Juuru_vallavalitsus, lk 22
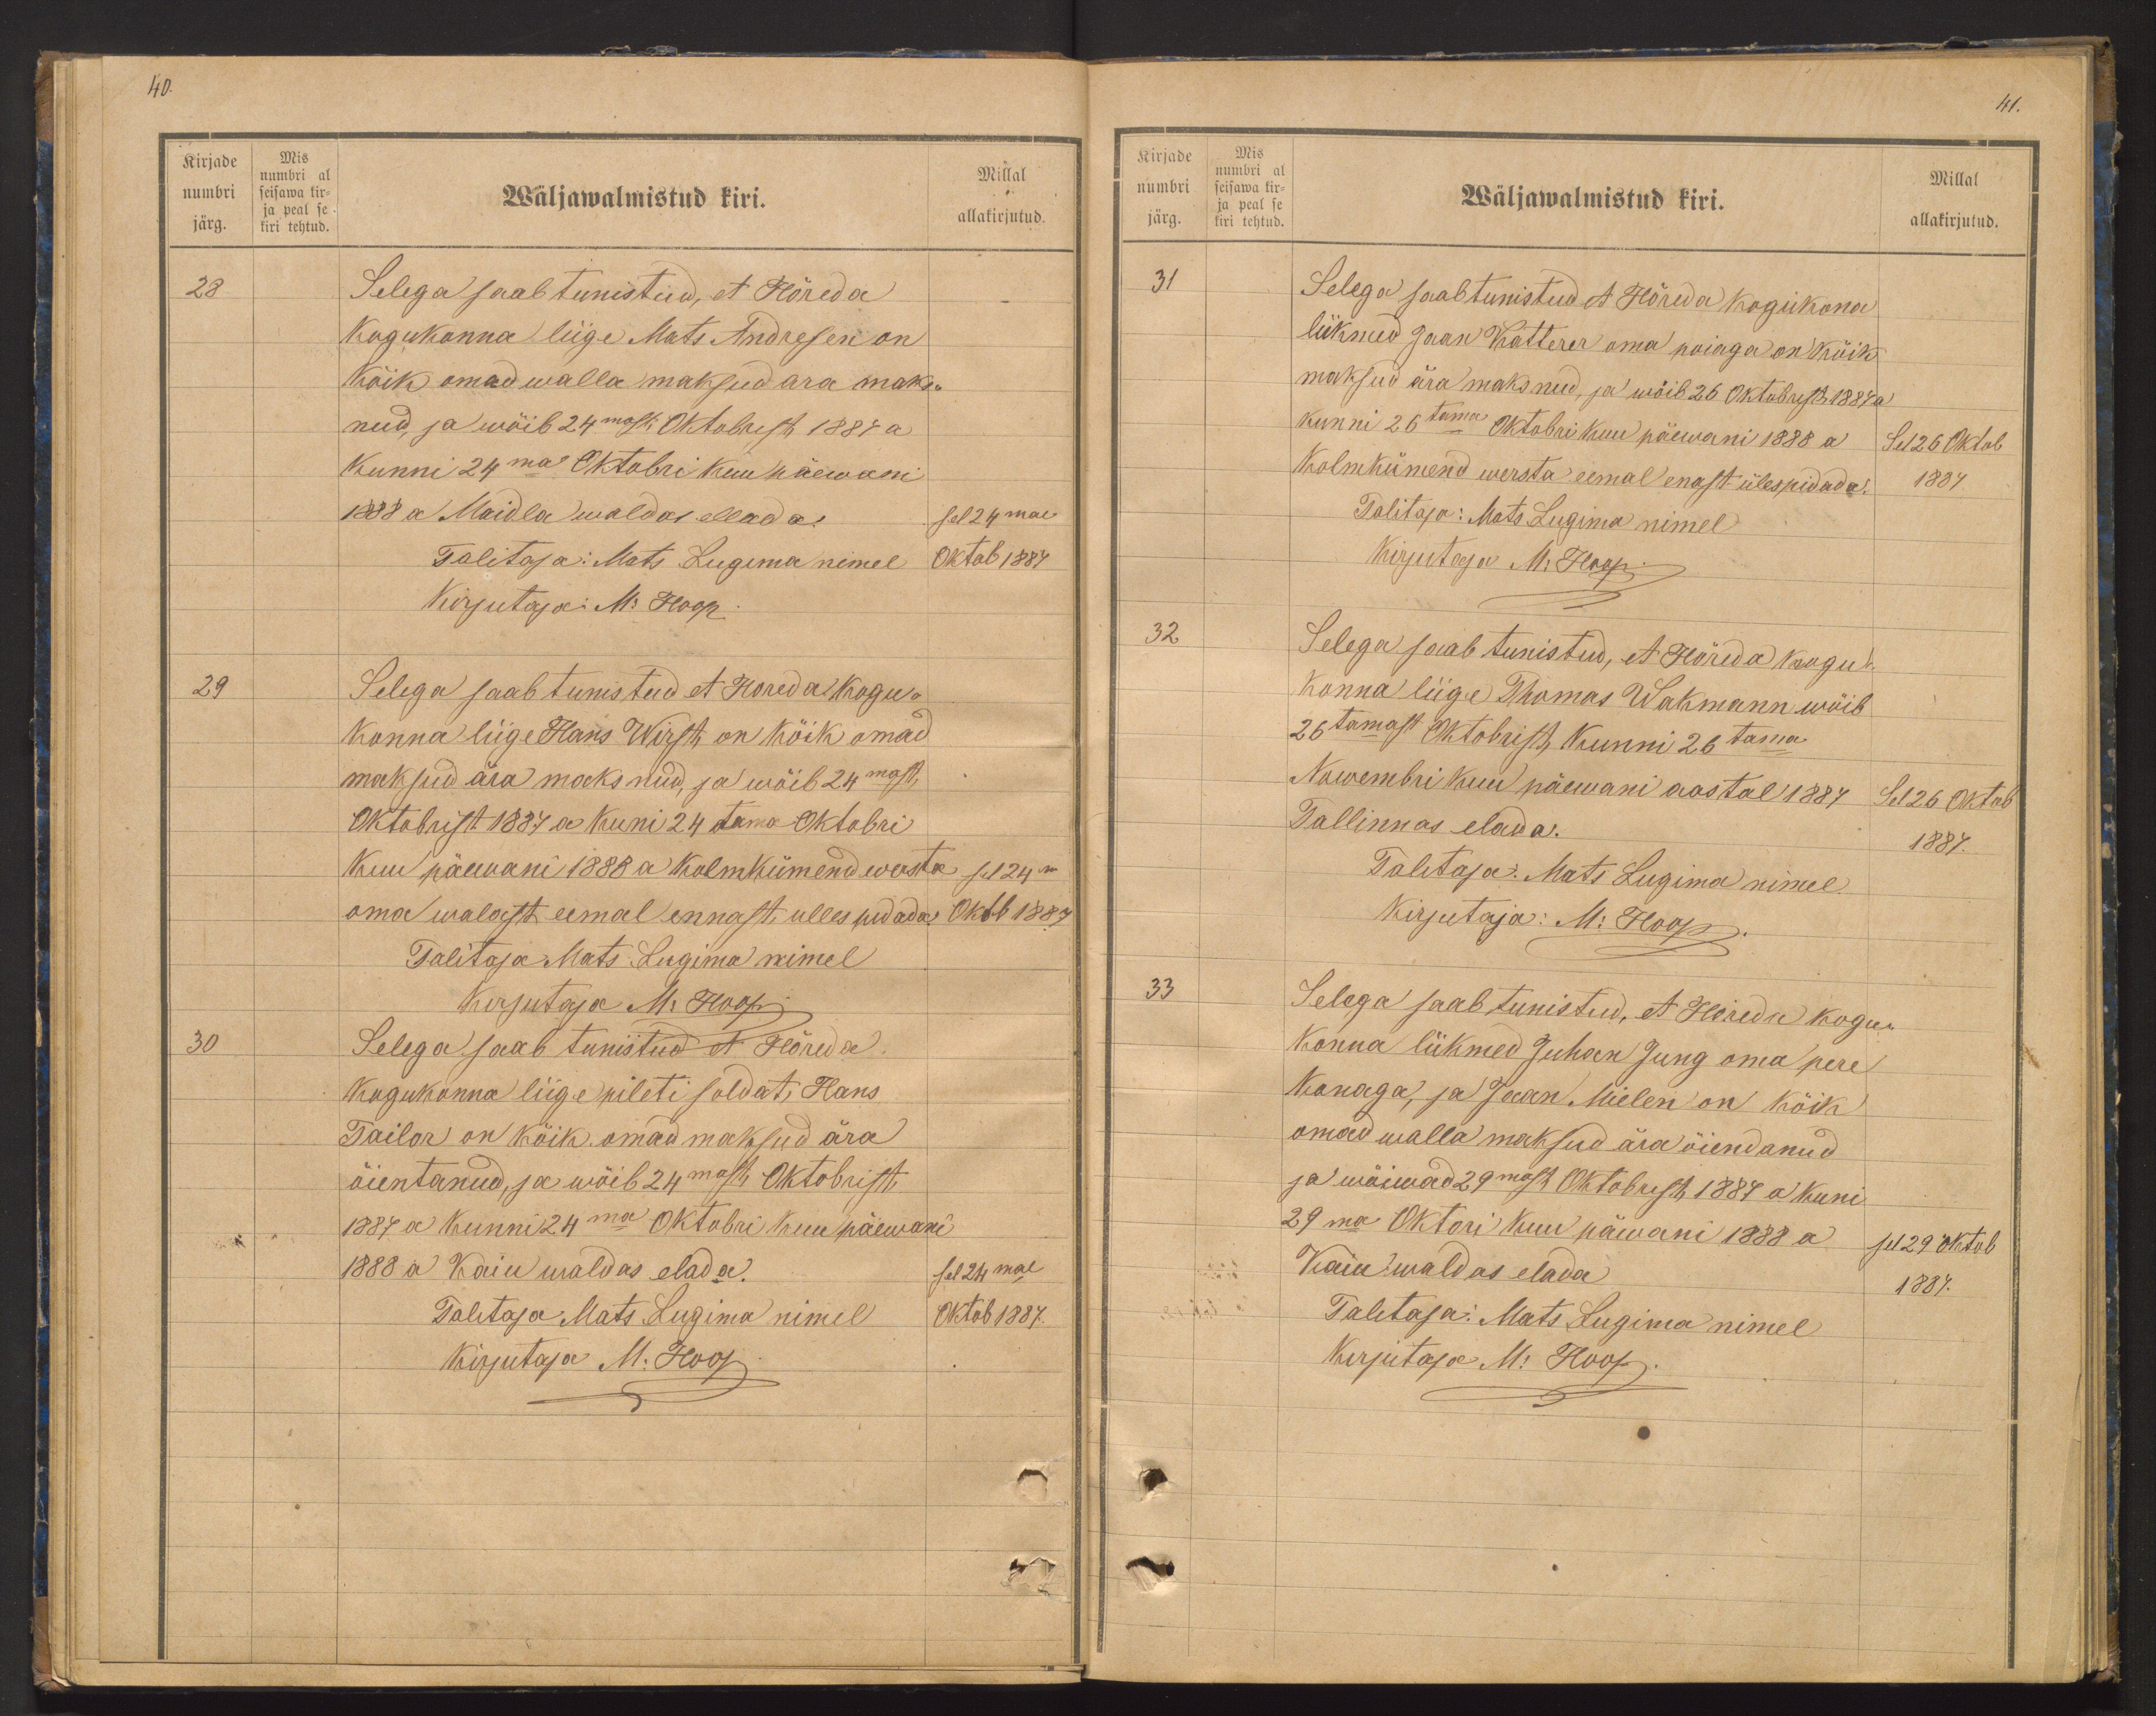
40.

Kirjade
numbri
järg.
Mis
numbri al
seisawa kir-
ja peal se
kiri tehtud.

Millal
Wäljawalmistud kiri
allakirjutud.
28
Selega saab tunistud, et Hõreda
Kogukonna liige Mats Andresen on
Kõik omad walla maksud ära maks-
nud, ja wõib 24mast. Oktobrist 1887 a
kunni 24mal Oktobri kuu päewani
1888 a. Maidla walda ellada.
sel 24mal
Talitaja: Mats Lugima nimel
Oktob 1887
Kirjutaja: M. Hoop.
29
Selega saab tunistud et Horeda kogu-
konna liige Hans Wirst on kõik omad
maksud ära maksnud, ja wõib 24mast,
Oktobrist 1887 a kuni 24tama Oktobri
kuu päewani 1888 a kolmkümend wasta sel 24m
oma walast eemal ennast, ulles pidada Oktb 1887
Talitaja Mats Lugima nimel
Kirjutaja M. Hoop
30
Selega saab tunistud et Höreda.
kogukonna liige pileti soldat, Hans
Tailor on kõik omad maksud ära
õientanud, ja wõib 24mast Oktobrist
1887a kunni 24ma Oktobri kuu päewani
1888 a Kaiu waldas elada.
sel 24mal
Tallitaja Mats Lugima nimel
Oktob 1887.
Kirjutaja M. Hoop

Kirjade
numbri
järg.
Mis
numbri al
seisawa kir-
ja peal se
kiri tehtud.

41.
Wäljawalmistud kiri.
Millal
allakirjutud.
31
Selega saab tunistud et Hõreda kogukona
liikmed Jaan Katterer oma poiaga on kõik
maksud ära maksnud, ja wõib 26 oktobrist 1887 a
kunni 26tama Oktobri kuu päewani 1888 a
Sel 26 Oktob
Kolmkümend wersta eemal enast ülespidada.
1887
Talitaja: Mats Lugima nimel
Kirjutaja M. Hoop.
32
Selega saab tunistud, et Hõreda kogu
konna liige Thomas Wakmann wõib
26tamast Oktobrist, Kunni 26tama
Nowembri kuu päewani aastal 1887
Sel 26 Oktob
Tallinnas elada.
1887.
Talitaja. Mats Lugima nimel.
Kirjutaja: M: Hoop
33
Sellega saab tunistud, et Höreda kogu-
Konna liikmed Juhan Jung oma pere
Konaga ja Jaan Mielen on kõik
omad walla maksud ära õiendanud
ja wõiwad 29mast Oktobrist, 1887 a kuni
29ma Oktori kuu päwani 1888 a
sel 29 Oktob
Kaiu waldas elada
1887.
Talitaja: Mats Lugima nimel
Kirjutaja M: Hoop.